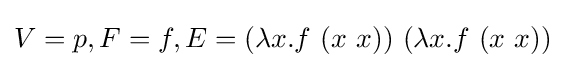
V=p,F=f,E=(\lambda x.f\ (x\ x))\ (\lambda x.f\ (x\ x))